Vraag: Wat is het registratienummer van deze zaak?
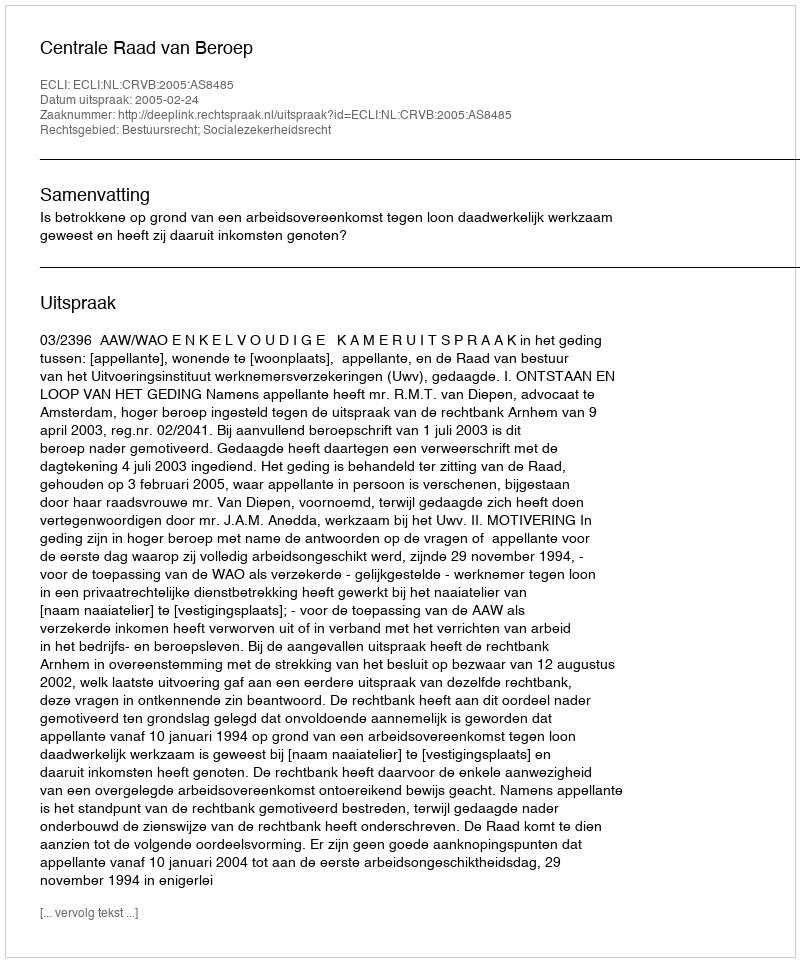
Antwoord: http://deeplink.rechtspraak.nl/uitspraak?id=ECLI:NL:CRVB:2005:AS8485